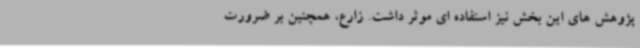
پژوهش های این بخش نیز استفاده ای موثر داشت. زارع، همچنین بر ضرورت